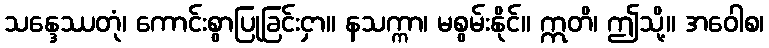
သန္ဒေဿတုံ၊ ကောင်းစွာပြုခြင်းငှာ။ နသက္ကာ၊ မစွမ်းနိုင်။ ဣတိ၊ ဤသို့။ အဝေါစ၊